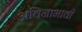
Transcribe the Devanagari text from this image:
अविनाभावी